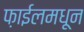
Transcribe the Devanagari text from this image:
फ़ाईलमधून